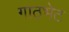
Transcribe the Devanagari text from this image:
गाठभेट